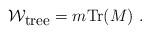
LaTeX: \begin{align*}{\cal W}_{\mbox{\small tree}}=m{\mbox{Tr}} (M)~.\end{align*}